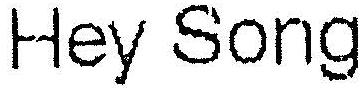
HEY SONG